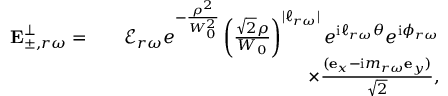
\begin{array} { r l r } { \mathbf { E } _ { \pm , r \omega } ^ { \perp } = } & { } & { \mathcal { E } _ { r \omega } e ^ { - \frac { \rho ^ { 2 } } { W _ { 0 } ^ { 2 } } } \left( \frac { \sqrt { 2 } \rho } { W _ { 0 } } \right) ^ { | \ell _ { r \omega } | } e ^ { \mathrm { i } \ell _ { r \omega } \theta } e ^ { \mathrm { i } \phi _ { r \omega } } } \\ & { } & { \times \frac { ( \mathbf { e } _ { x } - \mathrm { i } m _ { r \omega } \mathbf { e } _ { y } ) } { \sqrt { 2 } } , } \end{array}